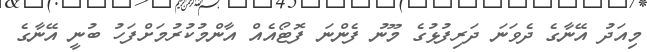
މިއަދު އޭނާގެ ދެވަނަ ދަރިފުޅުގެ މޫނު ފެންނަ ފޮޓޯއެއް އާންމުކުރުމަށްފަހު ބުނީ އޭނާގެ